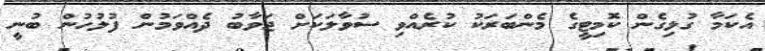
އެކަމާ ގުޅިގެން ކޮމިޓީގެ މެންބަރަކު ކުރެއްވި ސުވާލަކަށް ޖަވާބު ދެއްވަމުން ފުލުހުން ބުނީ